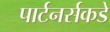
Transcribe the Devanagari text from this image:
पार्टनर्सकडे